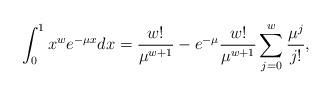
LaTeX: \begin{align*}\int_0^1 x^w e^{-\mu x} dx = \frac{w!}{\mu^{w+1}} - e^{-\mu}\frac{w!}{\mu^{w+1}}\sum_{j=0}^w \frac{\mu^j}{j!},\end{align*}